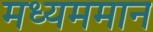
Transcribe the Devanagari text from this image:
मध्यममान